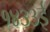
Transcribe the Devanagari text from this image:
१४३३ई